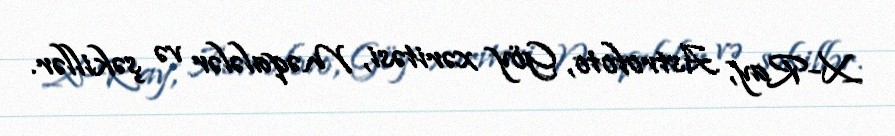
X-Ray, Astrofoto, Göy xəritəsi, Məqalələr və şəkillər.